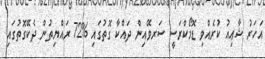
އަހަރު ޝާޢިއު ކުރެއްވި ޑޮމޯކްރަސީ ސަރވޭއިން ދައްކާ ގޮތުގައި %72 ރައްޔިތުން ދެކޭގޮތުގައި